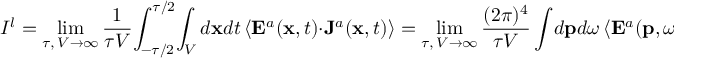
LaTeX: { \cal I } ^ { l } = \operatorname * { l i m } _ { \tau , \, V \rightarrow \infty } \frac { 1 } { \tau V } \! \int _ { - \tau / 2 } ^ { \tau / 2 } \! \int _ { V } d { \bf x } d t \, \langle { \bf E } ^ { a } ( { \bf x } , t ) \cdot { \bf J } ^ { a } ( { \bf x } , t ) \rangle = \operatorname * { l i m } _ { \tau , \, V \rightarrow \infty } \frac { ( 2 \pi ) ^ { 4 } } { \tau V } \int \! d { \bf p } d \omega \, \langle { \bf E } ^ { a } ( { \bf p } , \omega ) \cdot { \bf J } ^ { a } ( { \bf p } , \omega ) \rangle .